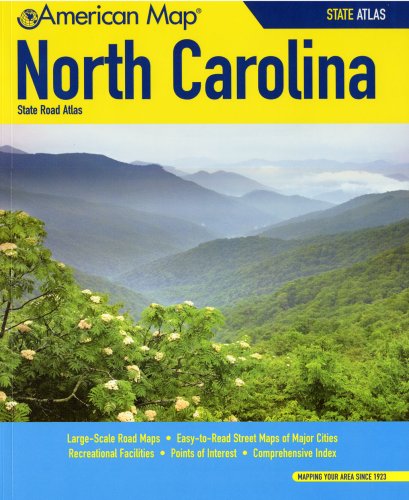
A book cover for American Map North Carolina State Road Atlas; Travel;